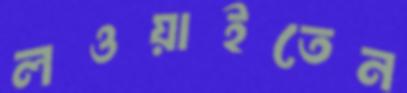
লওয়াইতেন